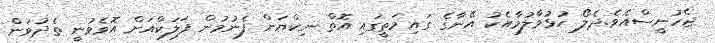
ޖެހުނީސްއެވެ.ދެލޯ ހުޅުވާލުމާއެކު އޭނާގެ ގައިމަތީގައި އޮތް ނިކްޔަން ފެނުމުން ފަލަކްއަށް އޮވެވުނީ ތެދުވަން